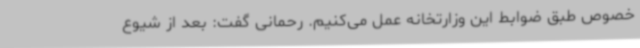
خصوص طبق ضوابط این وزارتخانه عمل می‌کنیم. رحمانی گفت: بعد از شیوع